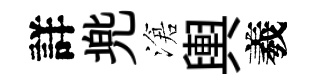
詳兠滄輿羲